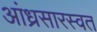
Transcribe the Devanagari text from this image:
आंध्रसारस्वत